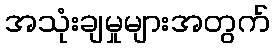
အသုံးချမှုများအတွက်